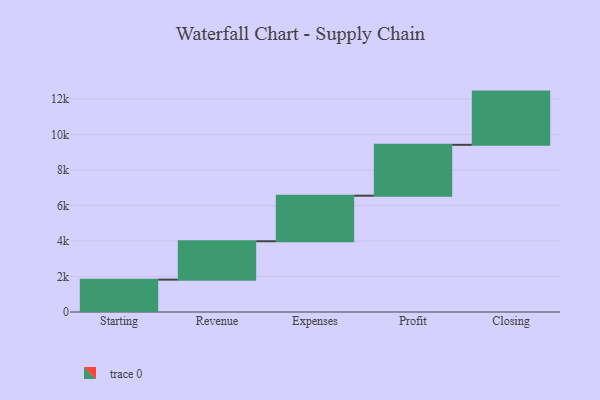
{"axis": {"x": "Step", "y": "Value"}, "legend": [""], "data": [{"x": "Starting", "y": 1824.0, "type": ""}, {"x": "Revenue", "y": 2163.0, "type": ""}, {"x": "Expenses", "y": 2567.0, "type": ""}, {"x": "Profit", "y": 2866.0, "type": ""}, {"x": "Closing", "y": 3000, "type": ""}]}